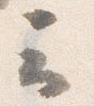
云